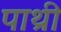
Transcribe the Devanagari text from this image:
पाथ्री